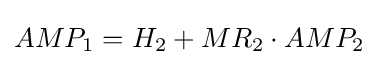
AMP_{1}=H_{2}+MR_{2}\cdot AMP_{2}